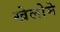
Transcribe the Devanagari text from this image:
खेलोमे